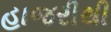
હાજરીથી